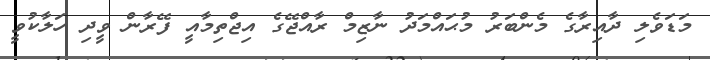
މަޑަވެލި ދާއިރާގެ މެންބަރު މުޙައްމަދު ނާޒިމް ރާއްޖޭގެ އިޖްތިމާއީ ފޭރާން ވީދި ހަލާކުވީ